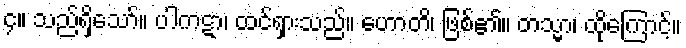
၄။ သည်ရှိသော်။ ပါကဋာ၊ ထင်ရှားသည်။ ဟောတိ၊ ဖြစ်၏။ တသ္မာ၊ ထိုကြောင့်။